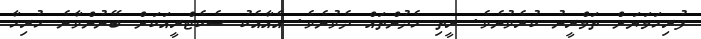
ފުރިހަމަޔަށް ތަމްރީނު ކުރެވުނެވެ. ރީތި ހެދުންތައް ދެވުނެވެ. އެއާއެކު ސެކެޓްރީއަކަށް ބޭނުންވާނެ ހުރިހާ